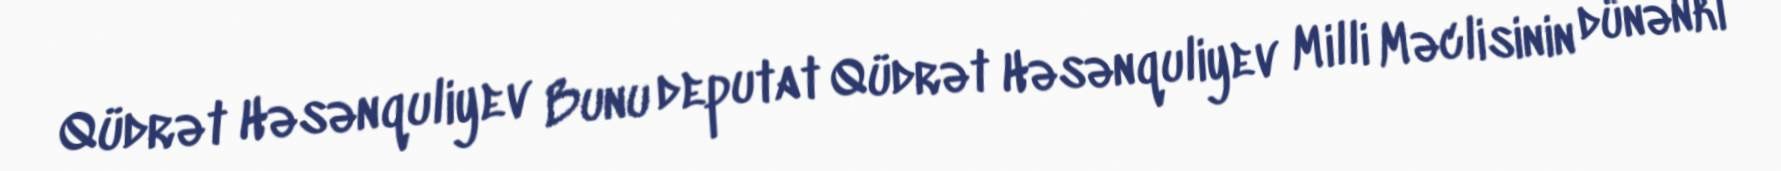
Qüdrət Həsənquliyev Bunu deputat Qüdrət Həsənquliyev Milli Məclisinin dünənki